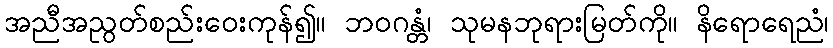
အညီအညွတ်စည်းဝေးကုန်၍။ ဘဝဂန္တံ၊ သုမနဘုရားမြတ်ကို။ နိရောရေညံ၊